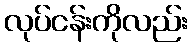
လုပ်ငန်းကိုလည်း